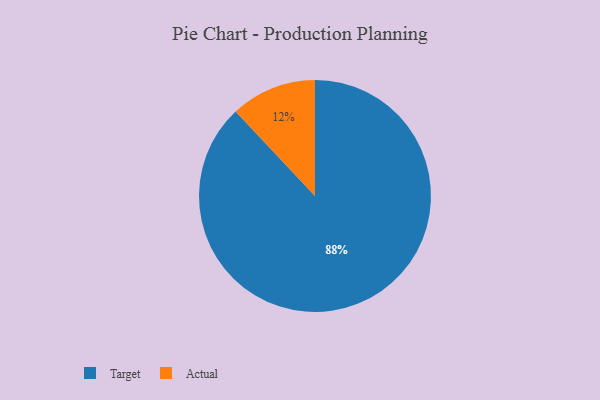
{"axis": {"x": "Category", "y": "Percentage"}, "legend": ["Actual", "Target"], "data": [{"x": "Actual", "y": 12, "type": "Actual"}, {"x": "Target", "y": 88, "type": "Target"}]}